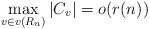
\begin{align*}\max_{v\in v(R_n)}|C_v|=o(r(n))\end{align*}